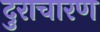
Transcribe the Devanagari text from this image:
दुराचारण